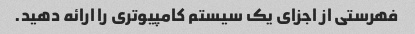
فهرستی از اجزای یک سیستم کامپیوتری را ارائه دهید.